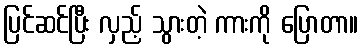
ပြင်ဆင်ပြီး လှည့် သွားတဲ့ ကားကို ပြောတာ။